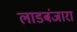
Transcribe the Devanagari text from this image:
लाडबंजारा